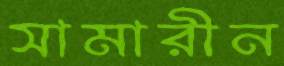
সামারীন